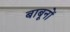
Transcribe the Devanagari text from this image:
बाबूनों